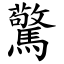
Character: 驚